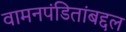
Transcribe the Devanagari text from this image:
वामनपंडितांबद्दल